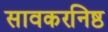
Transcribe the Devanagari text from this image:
सावकरनिष्ठ